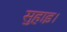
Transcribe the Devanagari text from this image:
सुहाइ।